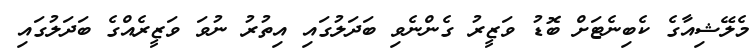
މެލޭޝިއާގެ ކެބިނެޓަށް ބޮޑު ވަޒީރު ގެންނެވި ބަދަލުގައި އިތުރު ނުވަ ވަޒީރެއްގެ ބަދަލުގައި